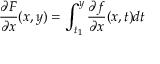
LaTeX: { \frac { \partial F } { \partial x } } ( x , y ) = \int _ { t _ { 1 } } ^ { y } { \frac { \partial f } { \partial x } } ( x , t ) d t